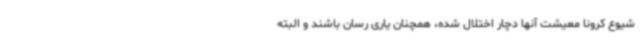
شیوع کرونا معیشت آنها دچار اختلال شده، همچنان یاری رسان باشند و البته